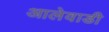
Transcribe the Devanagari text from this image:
आलेवाडी